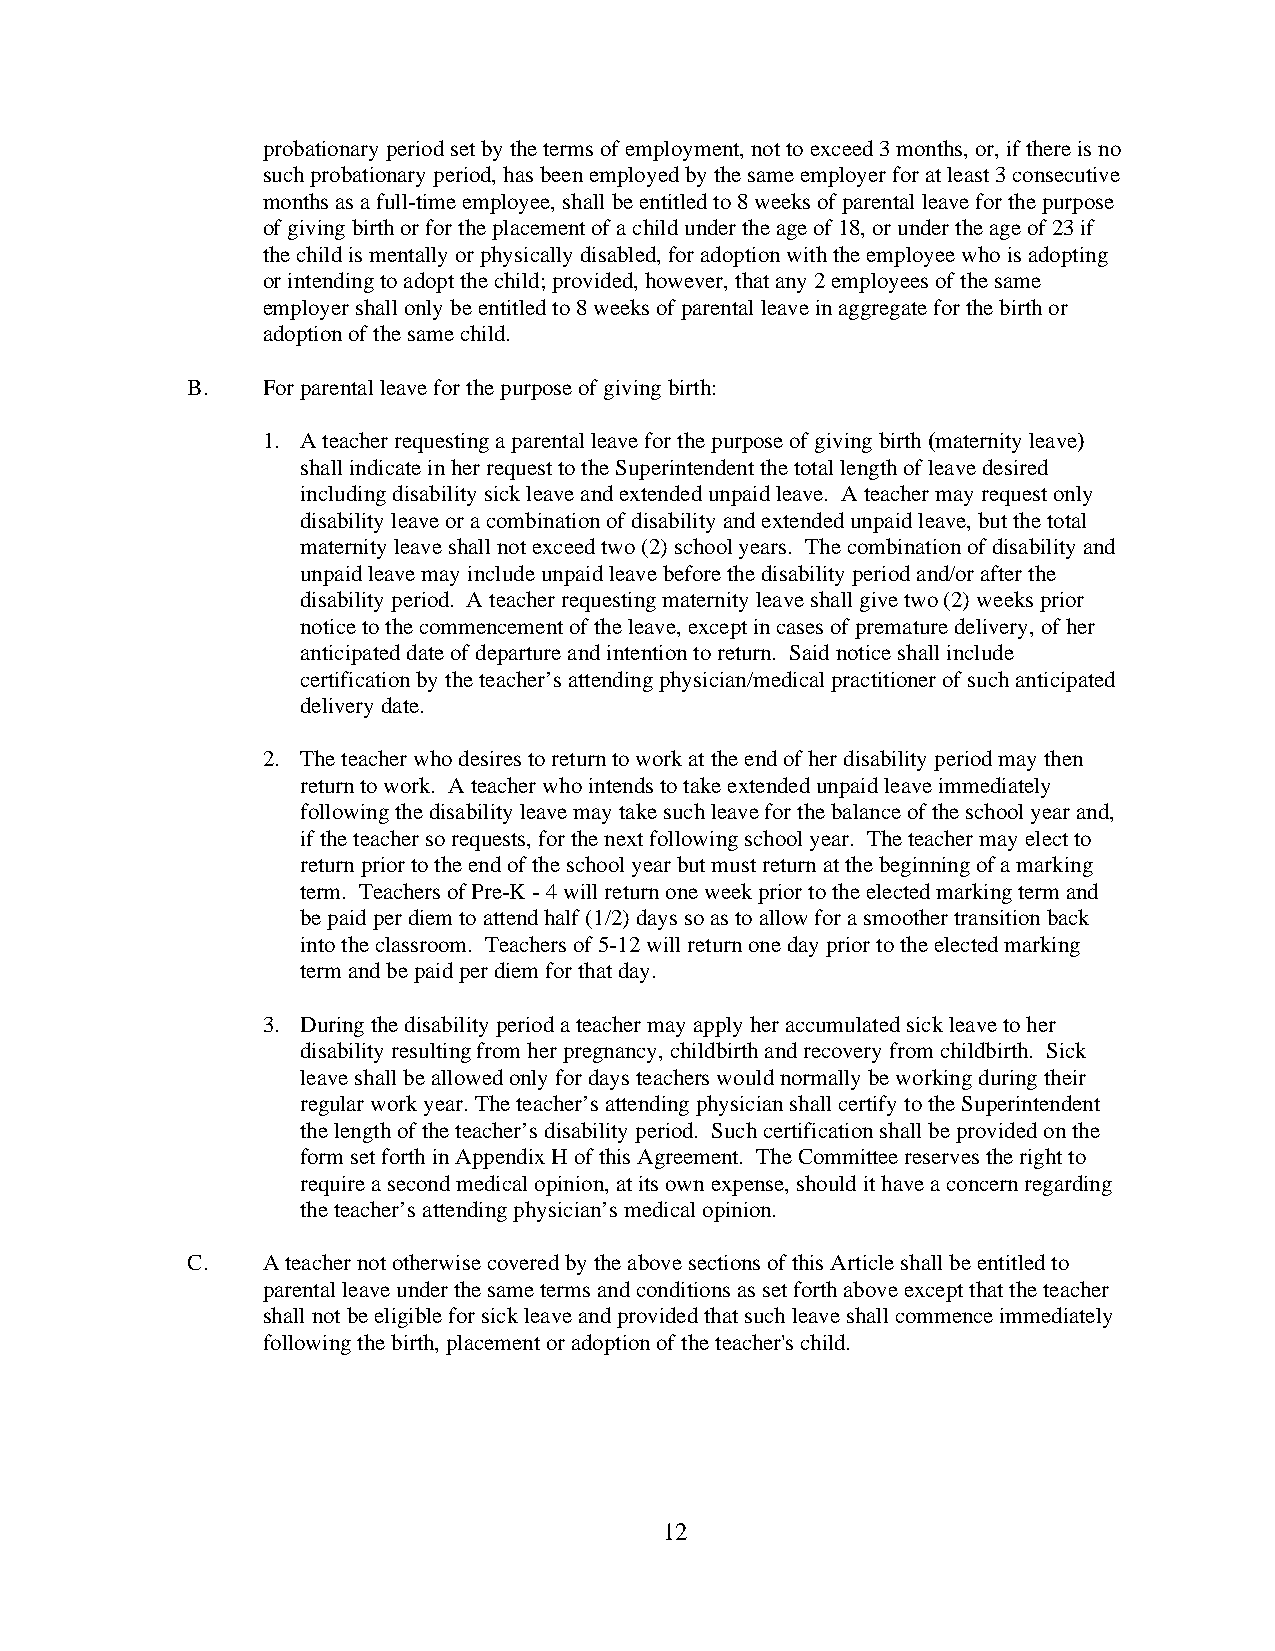
probationary period set by the terms of employment, not to exceed 3 months, or, if there is no
 such probationary period, has been employed by the same employer for at least 3 consecutive
 months as a full-time employee, shall be entitled to 8 weeks of parental leave for the purpose
 of giving birth or for the placement of a child under the age of 18, or under the age of 23 if
 the child is mentally or physically disabled, for adoption with the employee who is adopting
 or intending to adopt the child; provided, however, that any 2 employees of the same
 employer shall only be entitled to 8 weeks of parental leave in aggregate for the birth or
 adoption of the same child.
 B.   For parental leave for the purpose of giving birth:
 1. A teacher requesting a parental leave for the purpose of giving birth (maternity leave)
 shall indicate in her request to the Superintendent the total length of leave desired
 including disability sick leave and extended unpaid leave. A teacher may request only
 disability leave or a combination of disability and extended unpaid leave, but the total
 maternity leave shall not exceed two (2) school years. The combination of disability and
 unpaid leave may include unpaid leave before the disability period and/or after the
 disability period. A teacher requesting maternity leave shall give two (2) weeks prior
 notice to the commencement of the leave, except in cases of premature delivery, of her
 anticipated date of departure and intention to return. Said notice shall include
 certification by the teacher’s attending physician/medical practitioner of such anticipated
 delivery date.
 2. The teacher who desires to return to work at the end of her disability period may then
 return to work. A teacher who intends to take extended unpaid leave immediately
 following the disability leave may take such leave for the balance of the school year and,
 if the teacher so requests, for the next following school year. The teacher may elect to
 return prior to the end of the school year but must return at the beginning of a marking
 term. Teachers of Pre-K - 4 will return one week prior to the elected marking term and
 be paid per diem to attend half (1/2) days so as to allow for a smoother transition back
 into the classroom. Teachers of 5-12 will return one day prior to the elected marking
 term and be paid per diem for that day.
 3. During the disability period a teacher may apply her accumulated sick leave to her
 disability resulting from her pregnancy, childbirth and recovery from childbirth. Sick
 leave shall be allowed only for days teachers would normally be working during their
 regular work year. The teacher’s attending physician shall certify to the Superintendent
 the length of the teacher’s disability period. Such certification shall be provided on the
 form set forth in Appendix H of this Agreement. The Committee reserves the right to
 require a second medical opinion, at its own expense, should it have a concern regarding
 the teacher’s attending physician’s medical opinion.
 C.   A teacher not otherwise covered by the above sections of this Article shall be entitled to
 parental leave under the same terms and conditions as set forth above except that the teacher
 shall not be eligible for sick leave and provided that such leave shall commence immediately
 following the birth, placement or adoption of the teacher's child.
 12